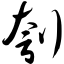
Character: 刳